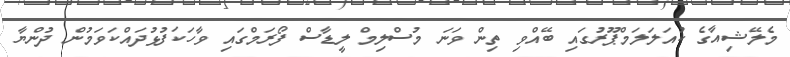
މެލޭޝިއާގެ ކުއަލަލަމްޕޫރުގައި ބޭއްވި ތިން ވަނަ މުސްލިމް ލީޑާސް ފޯރަމްގައި ވާހަކަފުޅުދައްކަވަމުން ދުންޔާ